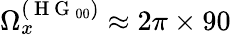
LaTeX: \Omega_{x}^{(\mathrm{~H~G~}_{00})}\approx 2\pi\times 90